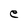
Character: e